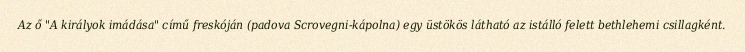
Az ő "A királyok imádása" című freskóján (padova Scrovegni-kápolna) egy üstökös látható az istálló felett bethlehemi csillagként.